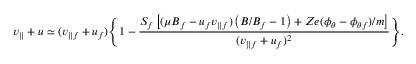
v _ { \parallel } + u \simeq ( v _ { \parallel f } + u _ { f } ) \Bigg \lbrace 1 - \frac { S _ { f } \left[ ( \mu B _ { f } - u _ { f } v _ { \parallel f } ) \left( B / B _ { f } - 1 \right) + Z e ( \phi _ { \theta } - \phi _ { \theta f } ) / m \right] } { ( v _ { \parallel f } + u _ { f } ) ^ { 2 } } \Bigg \rbrace .